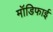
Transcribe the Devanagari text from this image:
मॉडिफाई